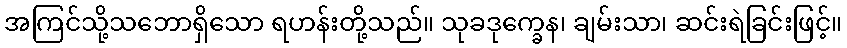
အကြင်သို့သဘောရှိသော ရဟန်းတို့သည်။ သုခဒုက္ခေန၊ ချမ်းသာ၊ ဆင်းရဲခြင်းဖြင့်။